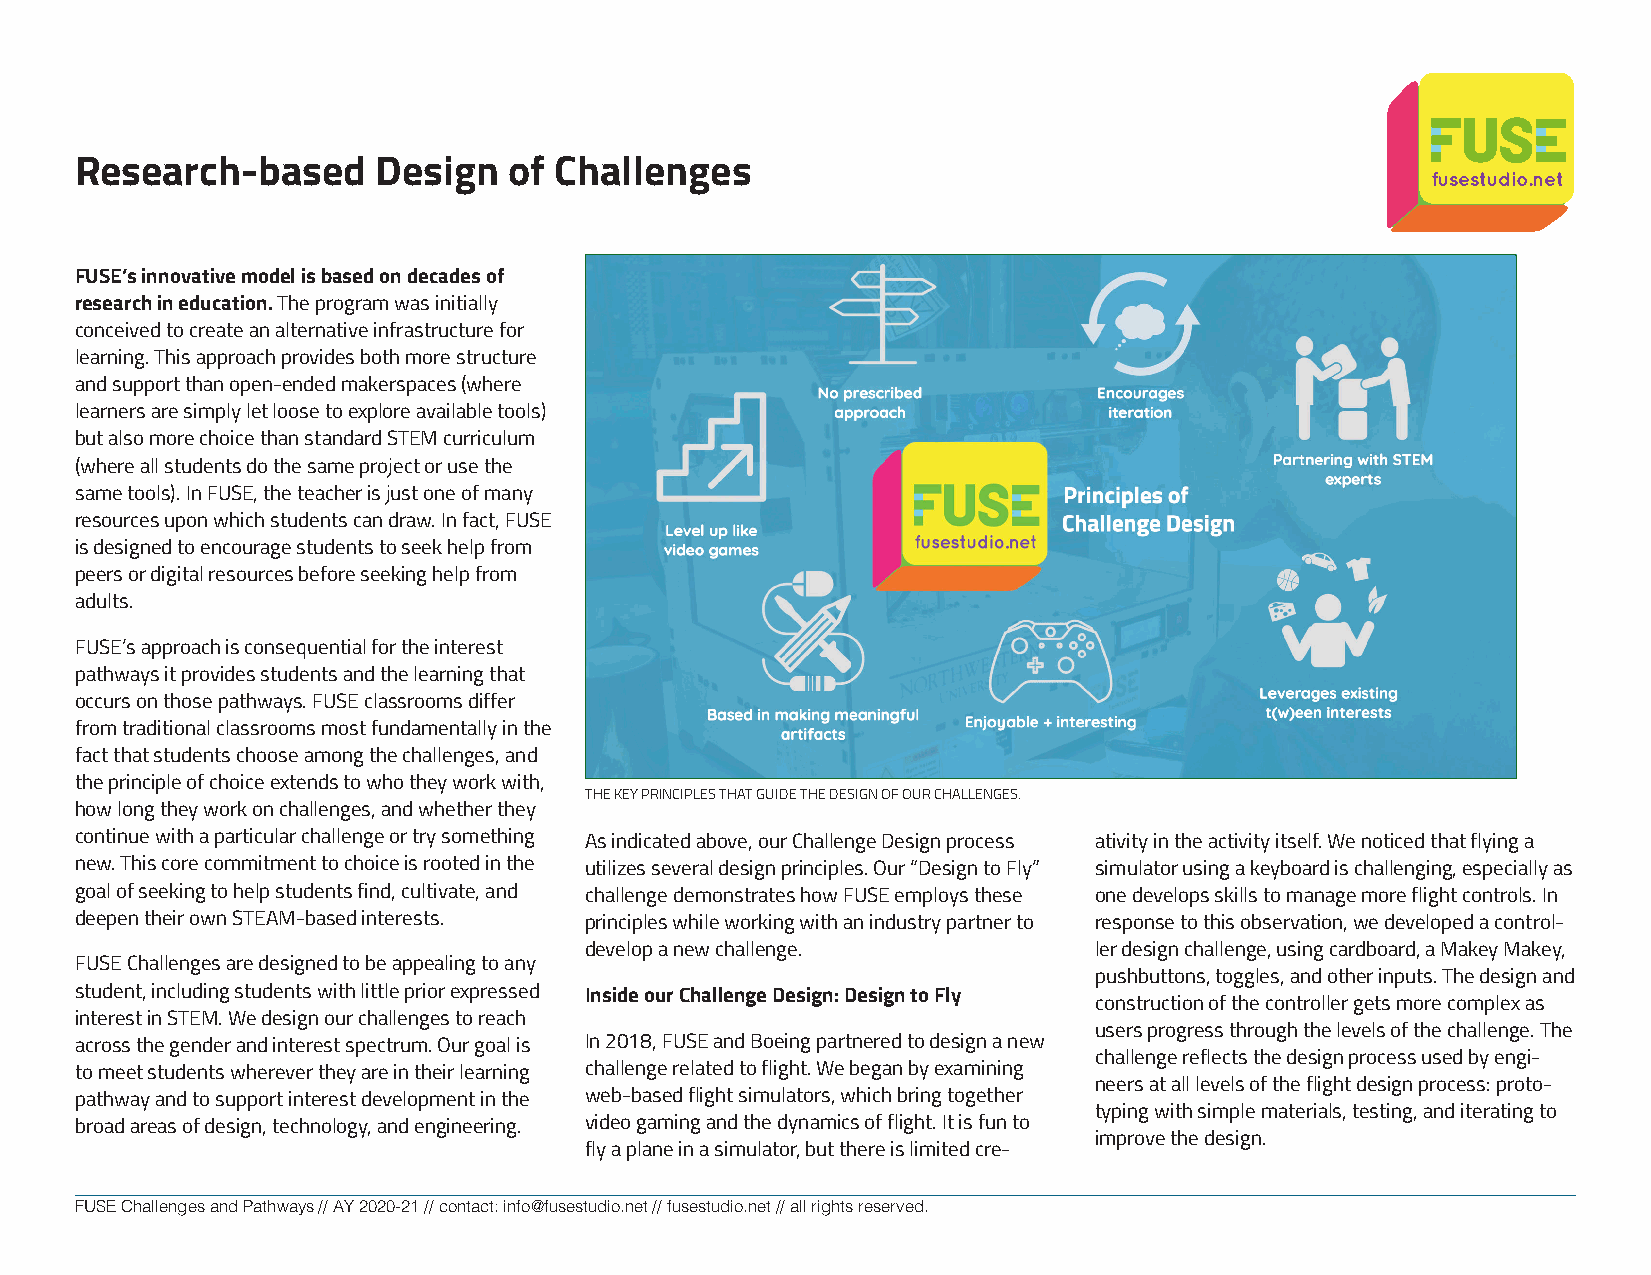
Research-based      Design   of Challenges
 fusestudio.net
 FUSE’s innovative model is based on decades of
 research in education. The program was initially
 conceived to create an alternative infrastructure for
 learning. This approach provides both more structure
 and support than open-ended makerspaces (where
 learners are simply let loose to explore available tools)
 but also more choice than standard STEM curriculum
 (where all students do the same project or use the
 same tools). In FUSE, the teacher is just one of many
 resources upon which students can draw. In fact, FUSE
 is designed to encourage students to seek help from
 peers or digital resources before seeking help from
 adults.
 FUSE’s approach is consequential for the interest
 pathways it provides students and the learning that
 occurs on those pathways. FUSE classrooms differ
 from traditional classrooms most fundamentally in the
 fact that students choose among the challenges, and
 the principle of choice extends to who they work with,
 THE KEY PRINCIPLES THAT GUIDE THE DESIGN OF OUR CHALLENGES.
 how long they work on challenges, and whether they
 continue with a particular challenge or try something As indicated above, our Challenge Design process ativity in the activity itself. We noticed that flying a
 new. This core commitment to choice is rooted in the utilizes several design principles. Our “Design to Fly” simulator using a keyboard is challenging, especially as
 goal of seeking to help students find, cultivate, and challenge demonstrates how FUSE employs these one develops skills to manage more flight controls. In
 deepen their own STEAM-based interests. principles while working with an industry partner to response to this observation, we developed a control-
 develop a new challenge.         ler design challenge, using cardboard, a Makey Makey,
 FUSE Challenges are designed to be appealing to any
 pushbuttons, toggles, and other inputs. The design and
 student, including students with little prior expressed Inside our Challenge Design: Design to Fly
 construction of the controller gets more complex as
 interest in STEM. We design our challenges to reach
 users progress through the levels of the challenge. The
 across the gender and interest spectrum. Our goal is In 2018, FUSE and Boeing partnered to design a new
 challenge reflects the design process used by engi-
 to meet students wherever they are in their learning challenge related to flight. We began by examining
 neers at all levels of the flight design process: proto-
 pathway and to support interest development in the web-based flight simulators, which bring together
 typing with simple materials, testing, and iterating to
 broad areas of design, technology, and engineering. video gaming and the dynamics of flight. It is fun to
 improve the design.
 fly a plane in a simulator, but there is limited cre-
 FUSE Challenges and Pathways // AY 2020-21 // contact: info@fusestudio.net // fusestudio.net // all rights reserved.